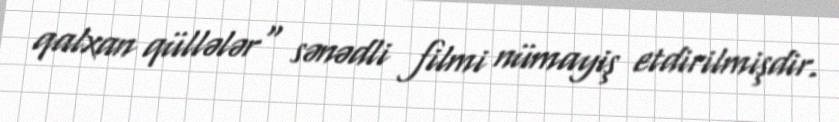
qalxan qüllələr" sənədli filmi nümayiş etdirilmişdir.